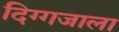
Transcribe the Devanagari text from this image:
दिग्गजाला